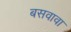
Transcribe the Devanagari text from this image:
बसवावा